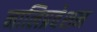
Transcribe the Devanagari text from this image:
नालिप्रवेशन